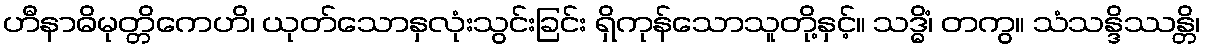
ဟီနာဓိမုတ္တိကေဟိ၊ ယုတ်သောနှလုံးသွင်းခြင်း ရှိကုန်သောသူတို့နှင့်။ သဒ္ဓိံ၊ တကွ။ သံသန္ဒိဿန္တိ၊